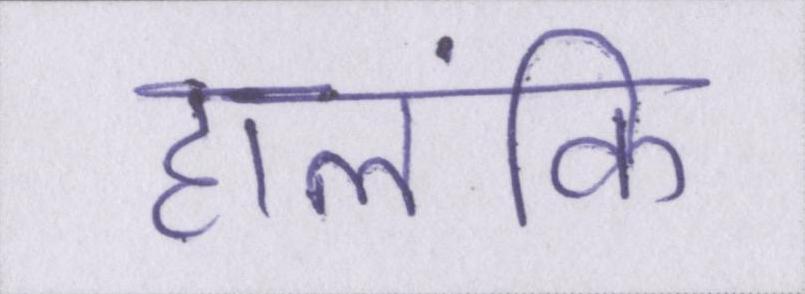
हालंकि